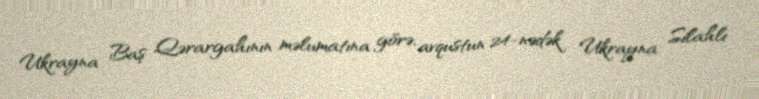
Ukrayna Baş Qərargahının məlumatına görə, avqustun 24-nədək Ukrayna Silahlı